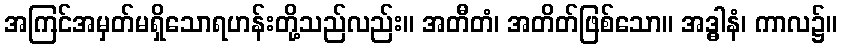
အကြင်အမှတ်မရှိသောရဟန်းတို့သည်လည်း။ အတီတံ၊ အတိတ်ဖြစ်သော။ အဒ္ဓါနံ၊ ကာလ၌။